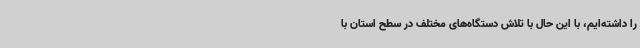
را داشته‌ایم، با این حال با تلاش دستگاه‌های مختلف در سطح استان با